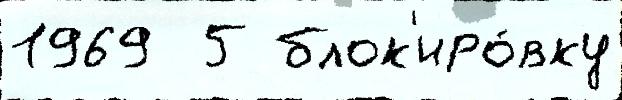
1969  5 блок'иро́вку